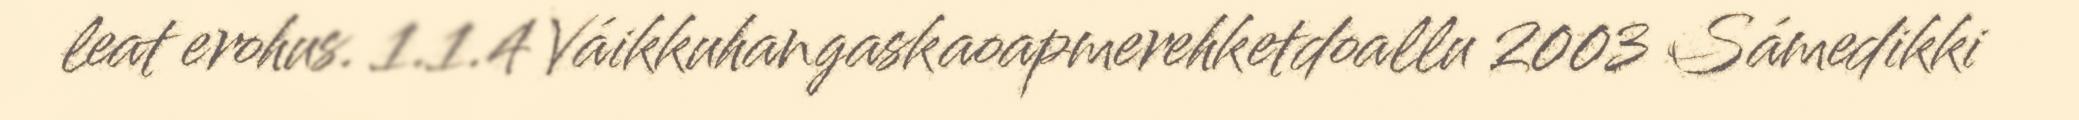
leat erohus. 1.1.4 Váikkuhangaskaoapmerehketdoallu 2003 Sámedikki